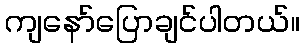
ကျနော်ပြောချင်ပါတယ်။